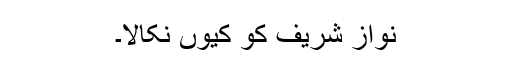
نواز شریف کو کیوں نکالا۔